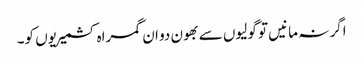
اگر نہ مانیں تو گولیوں سے بھون دو ان گمراہ کشمیریوں کو۔